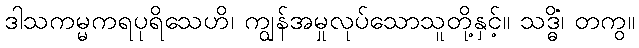
ဒါသကမ္မကရပုရိသေဟိ၊ ကျွန်အမှုလုပ်သောသူတို့နှင့်။ သဒ္ဓိံ၊ တကွ။